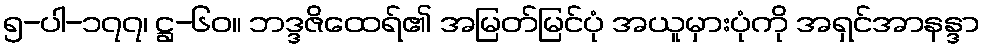
၅-ပါ-၁၇၇၊ ဋ္ဌ-၆၀။ ဘဒ္ဒဇိထေရ်၏ အမြတ်မြင်ပုံ အယူမှားပုံကို အရှင်အာနန္ဒာ